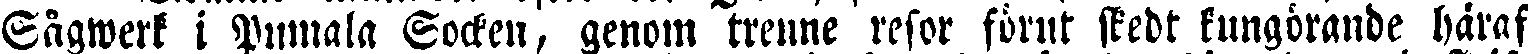
Sågwerk i Pumala Socken, genom trenne resor förut stedt kungörande häraf